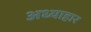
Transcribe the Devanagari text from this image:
अध्याहार